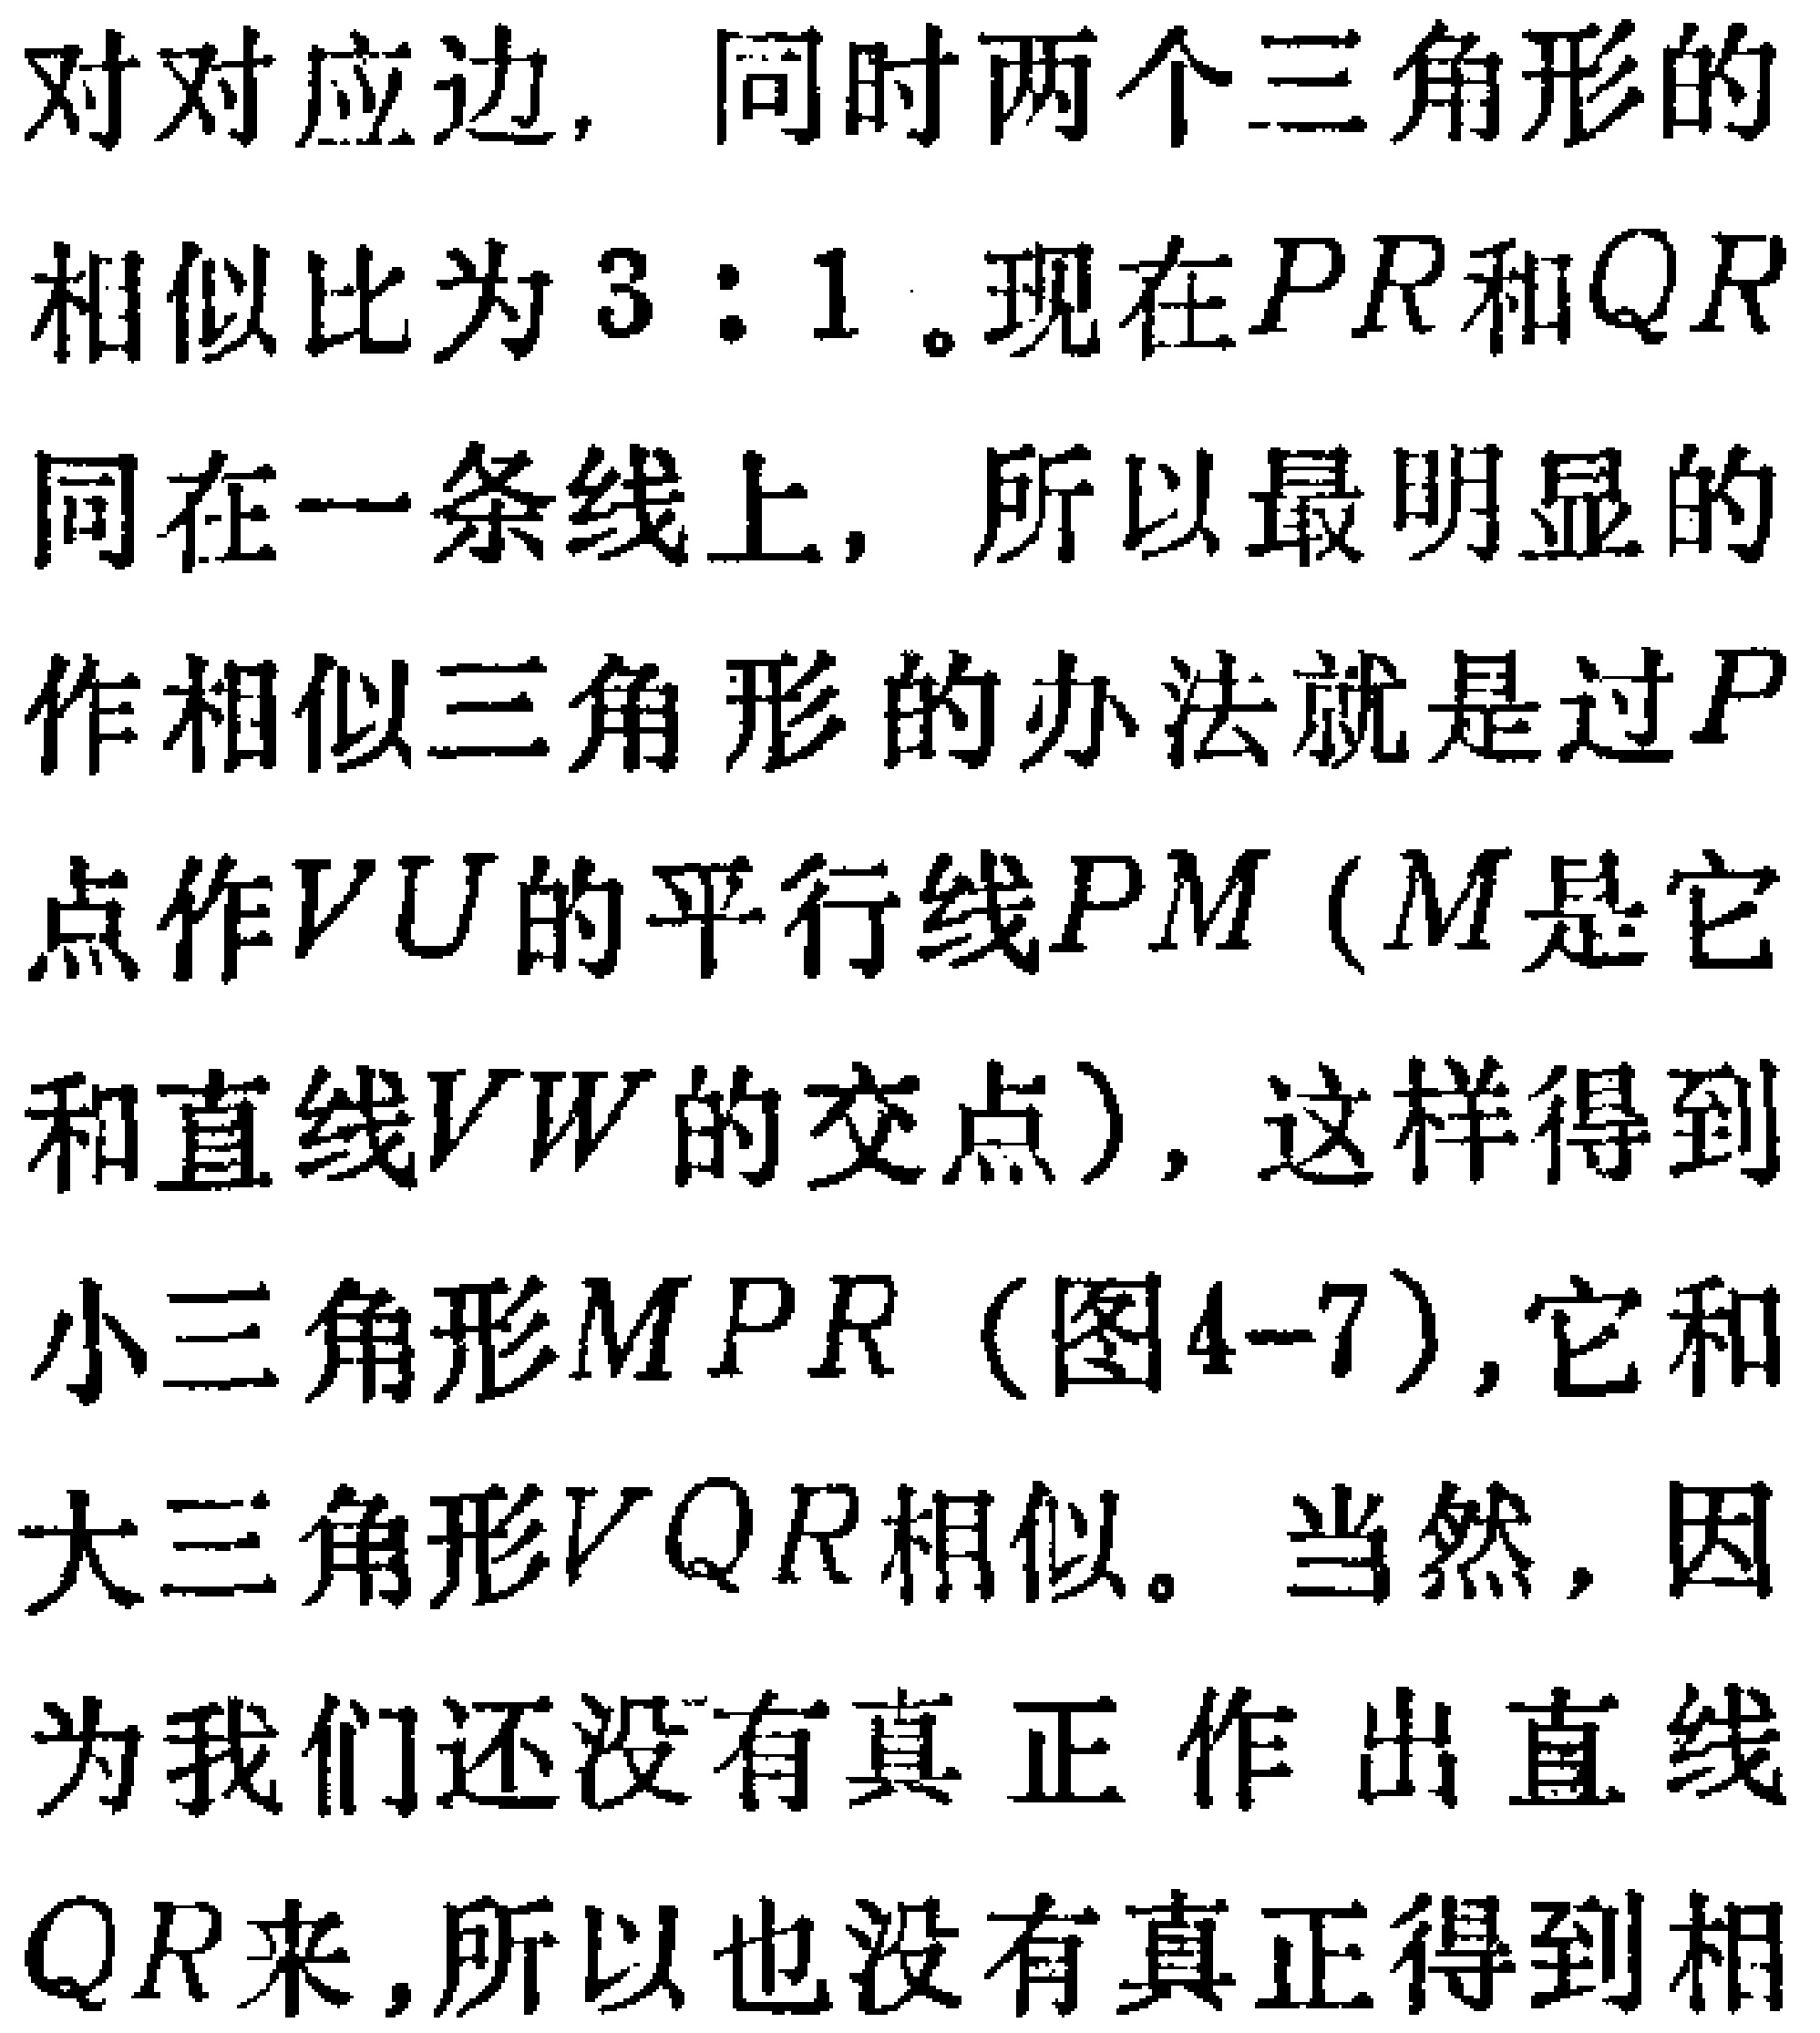
对对应边, 同时两个三角形的

相似比为 \(3:1\)。现在 \(PR\) 和 \(QR\)

同在一条线上, 所以最明显的

作相似三角形的办法就是过 \(P\)

点作 \(VU\) 的平行线 \(PM\) (\(M\) 是它

和直线 \(VW\) 的交点), 这样得到

小三角形 \(MPR\) (图4--7),它和

大三角形 \(VQR\) 相似。当然, 因

为我们还没有真正作出直线

\(QR\)来,所以也没有真正得到相